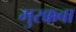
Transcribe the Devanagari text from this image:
मुरक्कबा